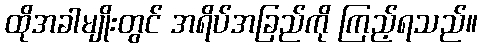
ထိုအခါမျိုးတွင် အရိပ်အခြည်ကို ကြည့်ရသည်။